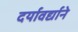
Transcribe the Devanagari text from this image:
दर्यावर्द्याने